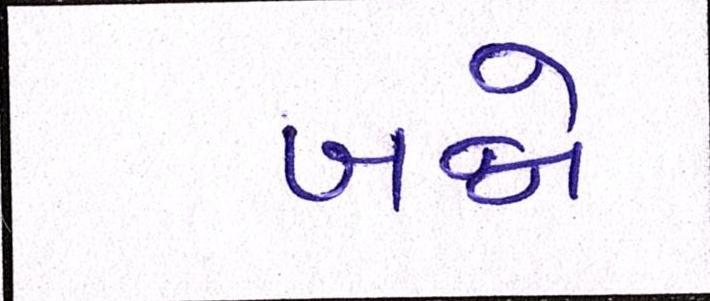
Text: બન્ને